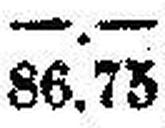
86.73